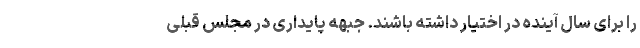
را برای سال آینده در اختیار داشته باشند. جبهه پایداری در مجلس قبلی